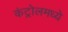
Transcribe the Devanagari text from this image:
कंट्रोलमध्ये